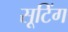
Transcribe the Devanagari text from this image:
सूटिंग